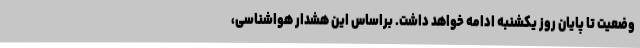
وضعیت تا پایان روز یکشنبه ادامه خواهد داشت. براساس این هشدار هواشناسی،